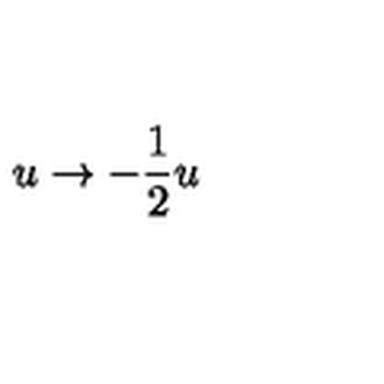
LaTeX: u \rightarrow - \frac { 1 } { 2 } u